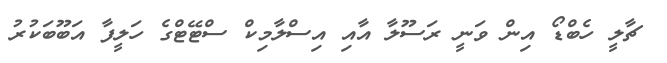
ޗާލީ ހެބްޑޯ އިން ވަނީ ރަސޫލާ އާއި އިސްލާމިކް ސްޓޭޓްގެ ހަލީފާ އަބޫބަކުރު